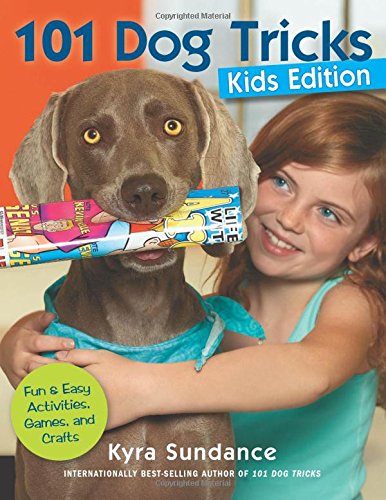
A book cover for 101 Dog Tricks, Kids Edition: Fun and Easy Activities, Games, and Crafts; Kyra Sundance; Parenting & Relationships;